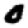
Digit: 0